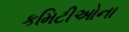
કમિટીઓના